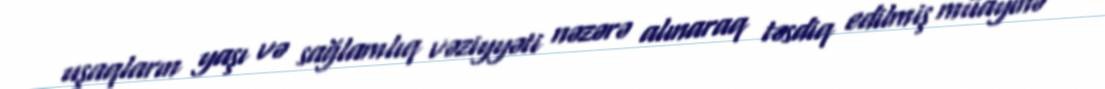
uşaqların yaşı və sağlamlıq vəziyyəti nəzərə alınaraq təsdiq edilmiş müayinə